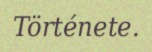
Története.